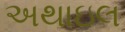
અથાઇલ